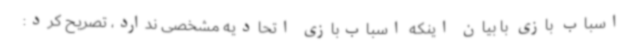
اسباب بازی با بیان اینکه اسباب‌بازی اتحادیه مشخصی ندارد، تصریح کرد: